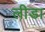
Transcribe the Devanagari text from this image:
लीडा